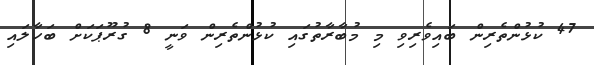
47 ކުޅުންތެރިން ބައިވެރިވި މި މުބާރާތުގައި ކުޅުންތެރިން ވަނީ 8 ގުރޫޕަކަށް ބަހާލައި